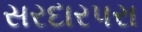
સરદારપરા